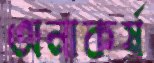
অনাকর্ষ